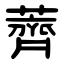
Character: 薺